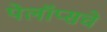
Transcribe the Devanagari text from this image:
पेलॉप्सचे